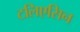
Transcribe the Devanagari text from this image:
टलिएसिन